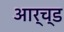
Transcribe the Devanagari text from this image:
आर्च्ड